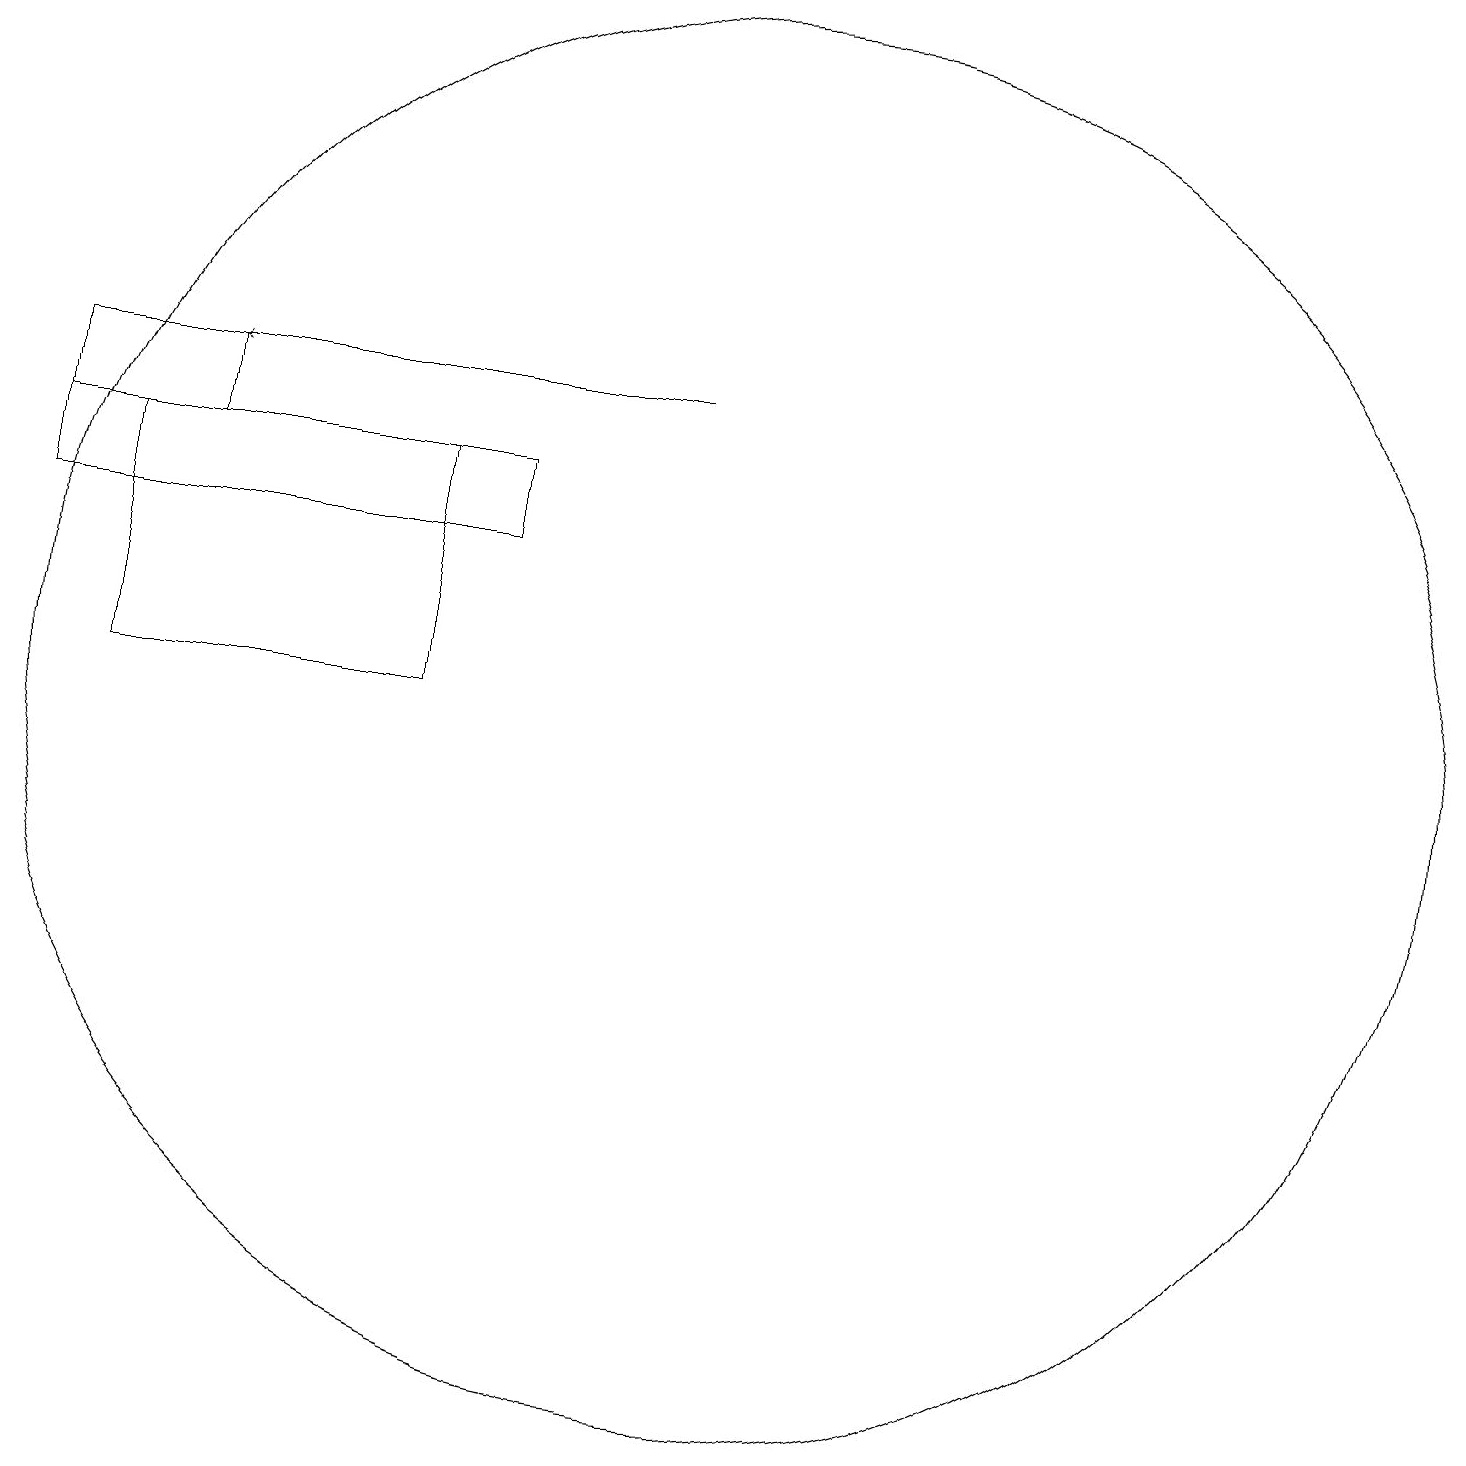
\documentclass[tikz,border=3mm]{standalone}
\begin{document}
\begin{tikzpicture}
\draw (3,15) rectangle (1,14);
\draw[->] (9,15) -- (3,15);
\draw (10,11) circle (9);
\draw (6,14) rectangle (2,11);
\draw (1,14) rectangle (7,13);
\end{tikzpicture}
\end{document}